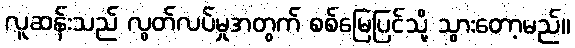
လူဆန်းသည် လွတ်လပ်မှုအတွက် စစ်မြေပြင်သို့ သွားတော့မည်။